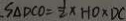
S _ { \Delta D C O } = \frac { 1 } { 2 } x H O \times D C